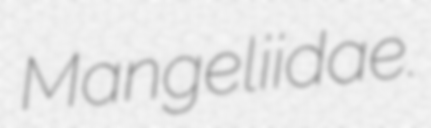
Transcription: Mangeliidae.